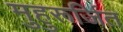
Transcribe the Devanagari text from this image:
मुहुरूर्जित